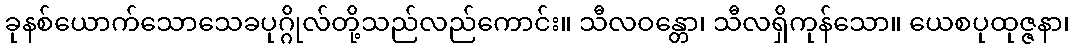
ခုနစ်ယောက်သောသေခပုဂ္ဂိုလ်တို့သည်လည်ကောင်း။ သီလဝန္တော၊ သီလရှိကုန်သော။ ယေစပုထုဇ္ဇနာ၊